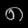
Digit: ၈